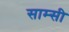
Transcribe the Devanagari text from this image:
साम्सी